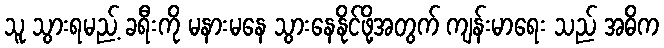
သူ သွားရမည့် ခရီးကို မနားမနေ သွားနေနိုင်ဖို့အတွက် ကျန်းမာရေး သည် အဓိက